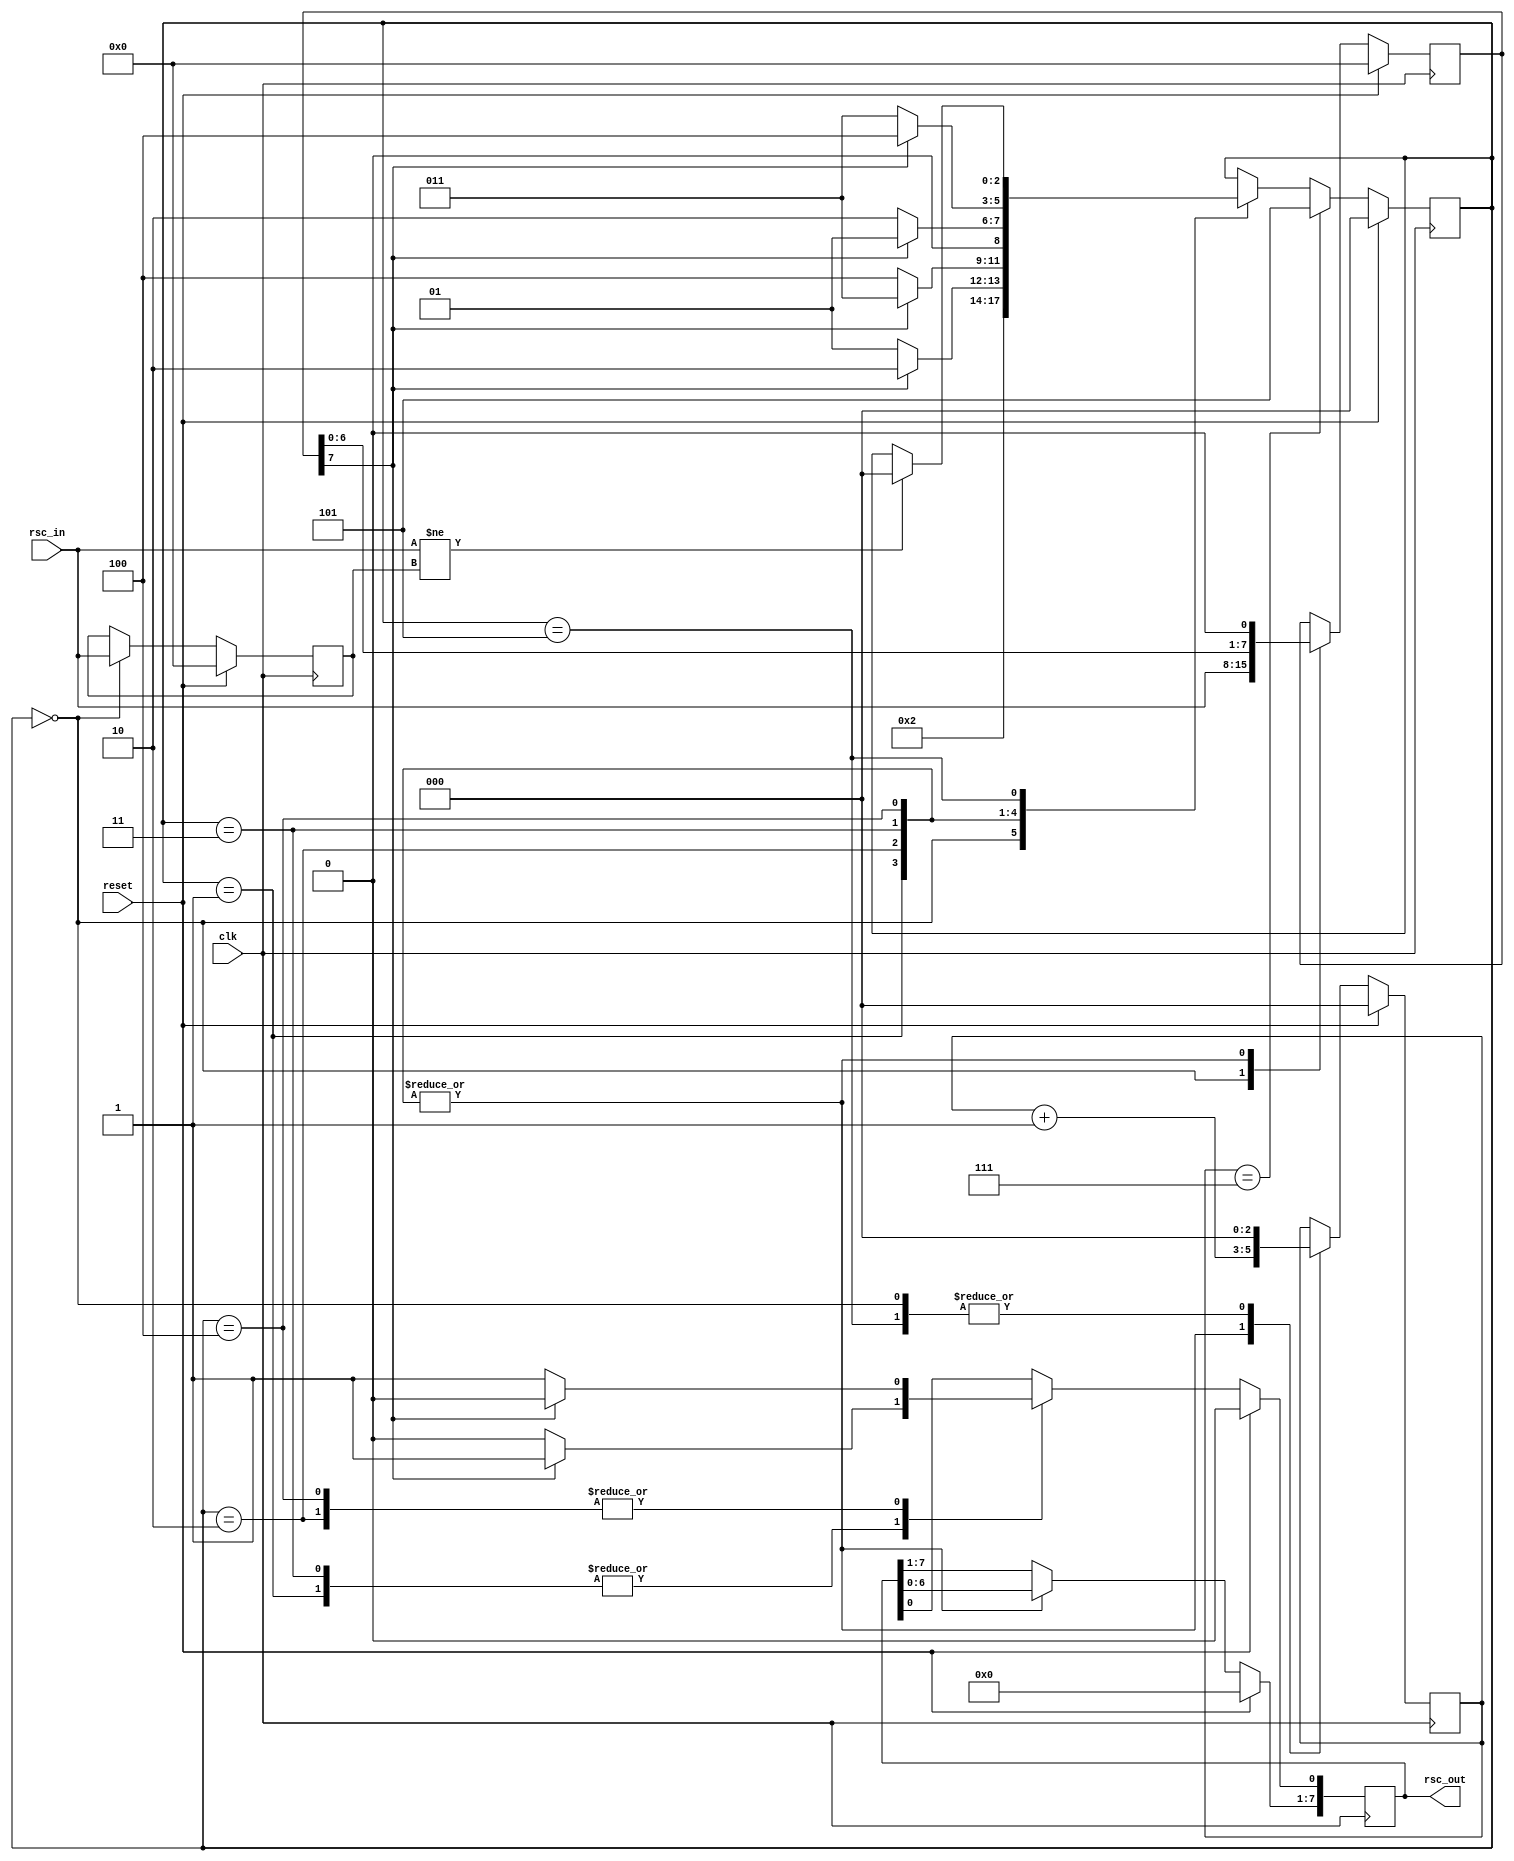
module CodorConvolutional1(clk,reset,rsc_in,rsc_out
	);
	
	input      clk , reset;
	input      [Width-1:0] rsc_in;
	output reg [Width-1:0] rsc_out;

	parameter Width=8;//LATIMEA VECTORULUI

	localparam initial_state = 3'b000;
	localparam state0        = 3'b001;
	localparam state1        = 3'b010;
	localparam state2        = 3'b011;
	localparam state3        = 3'b100;
	localparam final_state   = 3'b101;

	reg [Width-1:0] reg_temp = 8'b0;//REGISTRU AJUTOR
	reg [Width-1:0] r_rsc_in = 8'b0;//REGISTRU AJUTOR FSM
	reg [2:0] contor         = 3'b0;//CONTOR pentru a opri FSM-ul
	reg [2:0] state          = 3'b000;//FSM


	always@(posedge clk) begin
		if(reset) begin
			state    <= initial_state;
			contor   <= 4'b0;
			r_rsc_in <= 8'b0;
			reg_temp <= 8'b0;
			rsc_out  <= 8'b0;
		end else begin
			case(state)
                                //FSM MOORE --> Respecta diagrama cu stari finita din documentatie
				initial_state: begin //STARE INITIALA->INCARCARE REGISTRII
					r_rsc_in <= rsc_in;
					reg_temp <= rsc_in;
					state    <= state0;
					contor   <= 4'b0;
				end
				
				state0: begin
					if(r_rsc_in[Width-1] == 1'b0) begin
						rsc_out    <= rsc_out << 1;
						rsc_out[0] <= 1'b0;
						state      <= state0;
					end else
						if(r_rsc_in[Width-1] == 1'b1) begin
							rsc_out     <= rsc_out << 1;
							rsc_out[0 ] <= 1'b1;
							state       <= state1;
						end
				r_rsc_in <= r_rsc_in << 1;
				contor   <= contor + 1'b1;
				end
				
				state1: begin
					if(r_rsc_in[Width-1] == 1'b0) begin
						rsc_out    <= rsc_out << 1;
						rsc_out[0] <= 1'b1;
						state      <= state3;
					end else
						if(r_rsc_in[Width-1] == 1'b1) begin
							rsc_out    <= rsc_out << 1;
							rsc_out[0] <= 1'b0;
							state      <= state2;
						end
				r_rsc_in <= r_rsc_in << 1;
				contor   <= contor + 1'b1;
				end
				
				state2: begin
					if(r_rsc_in[Width-1] == 1'b0) begin
						rsc_out    <= rsc_out << 1;
						rsc_out[0] <= 1'b0;
						state      <= state1;
					end else
						if(r_rsc_in[Width-1] == 1'b1) begin
							rsc_out    <= rsc_out << 1;
							rsc_out[0] <= 1'b1;
							state      <= state0;
						end
				r_rsc_in <= r_rsc_in << 1;
				contor   <= contor + 1'b1;
				end
				
				state3: begin
					if(r_rsc_in[Width-1] == 1'b0) begin
						rsc_out    <= rsc_out << 1;
						rsc_out[0] <= 1'b1;
						state      <= state2;
					end else
						if(r_rsc_in[Width-1] == 1'b1) begin
							rsc_out    <= rsc_out << 1;
							rsc_out[0] <= 1'b0;
							state      <= state3;
						end
				r_rsc_in <= r_rsc_in << 1;
				contor   <= contor + 1'b1;
				end
				
				final_state: begin //STAREA FINALA
				contor <= 3'b0;
					if(rsc_in != reg_temp) begin
						state <= initial_state;
					end
				end
			endcase
			if(contor == Width-1) begin
				state <= final_state;
			end
		end
	end
endmodule